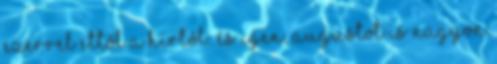
ezerrel ettől a hírtől: és igen, Augustot is nagyon